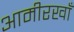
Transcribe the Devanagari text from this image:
आमीरखाँ